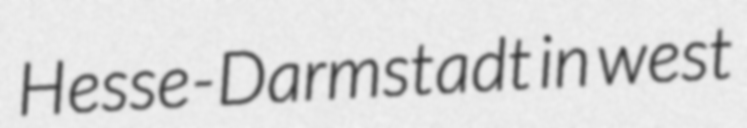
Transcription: Hesse-Darmstadt in west